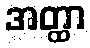
အတ္ထာ